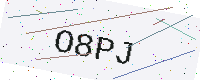
Text: O8PJ